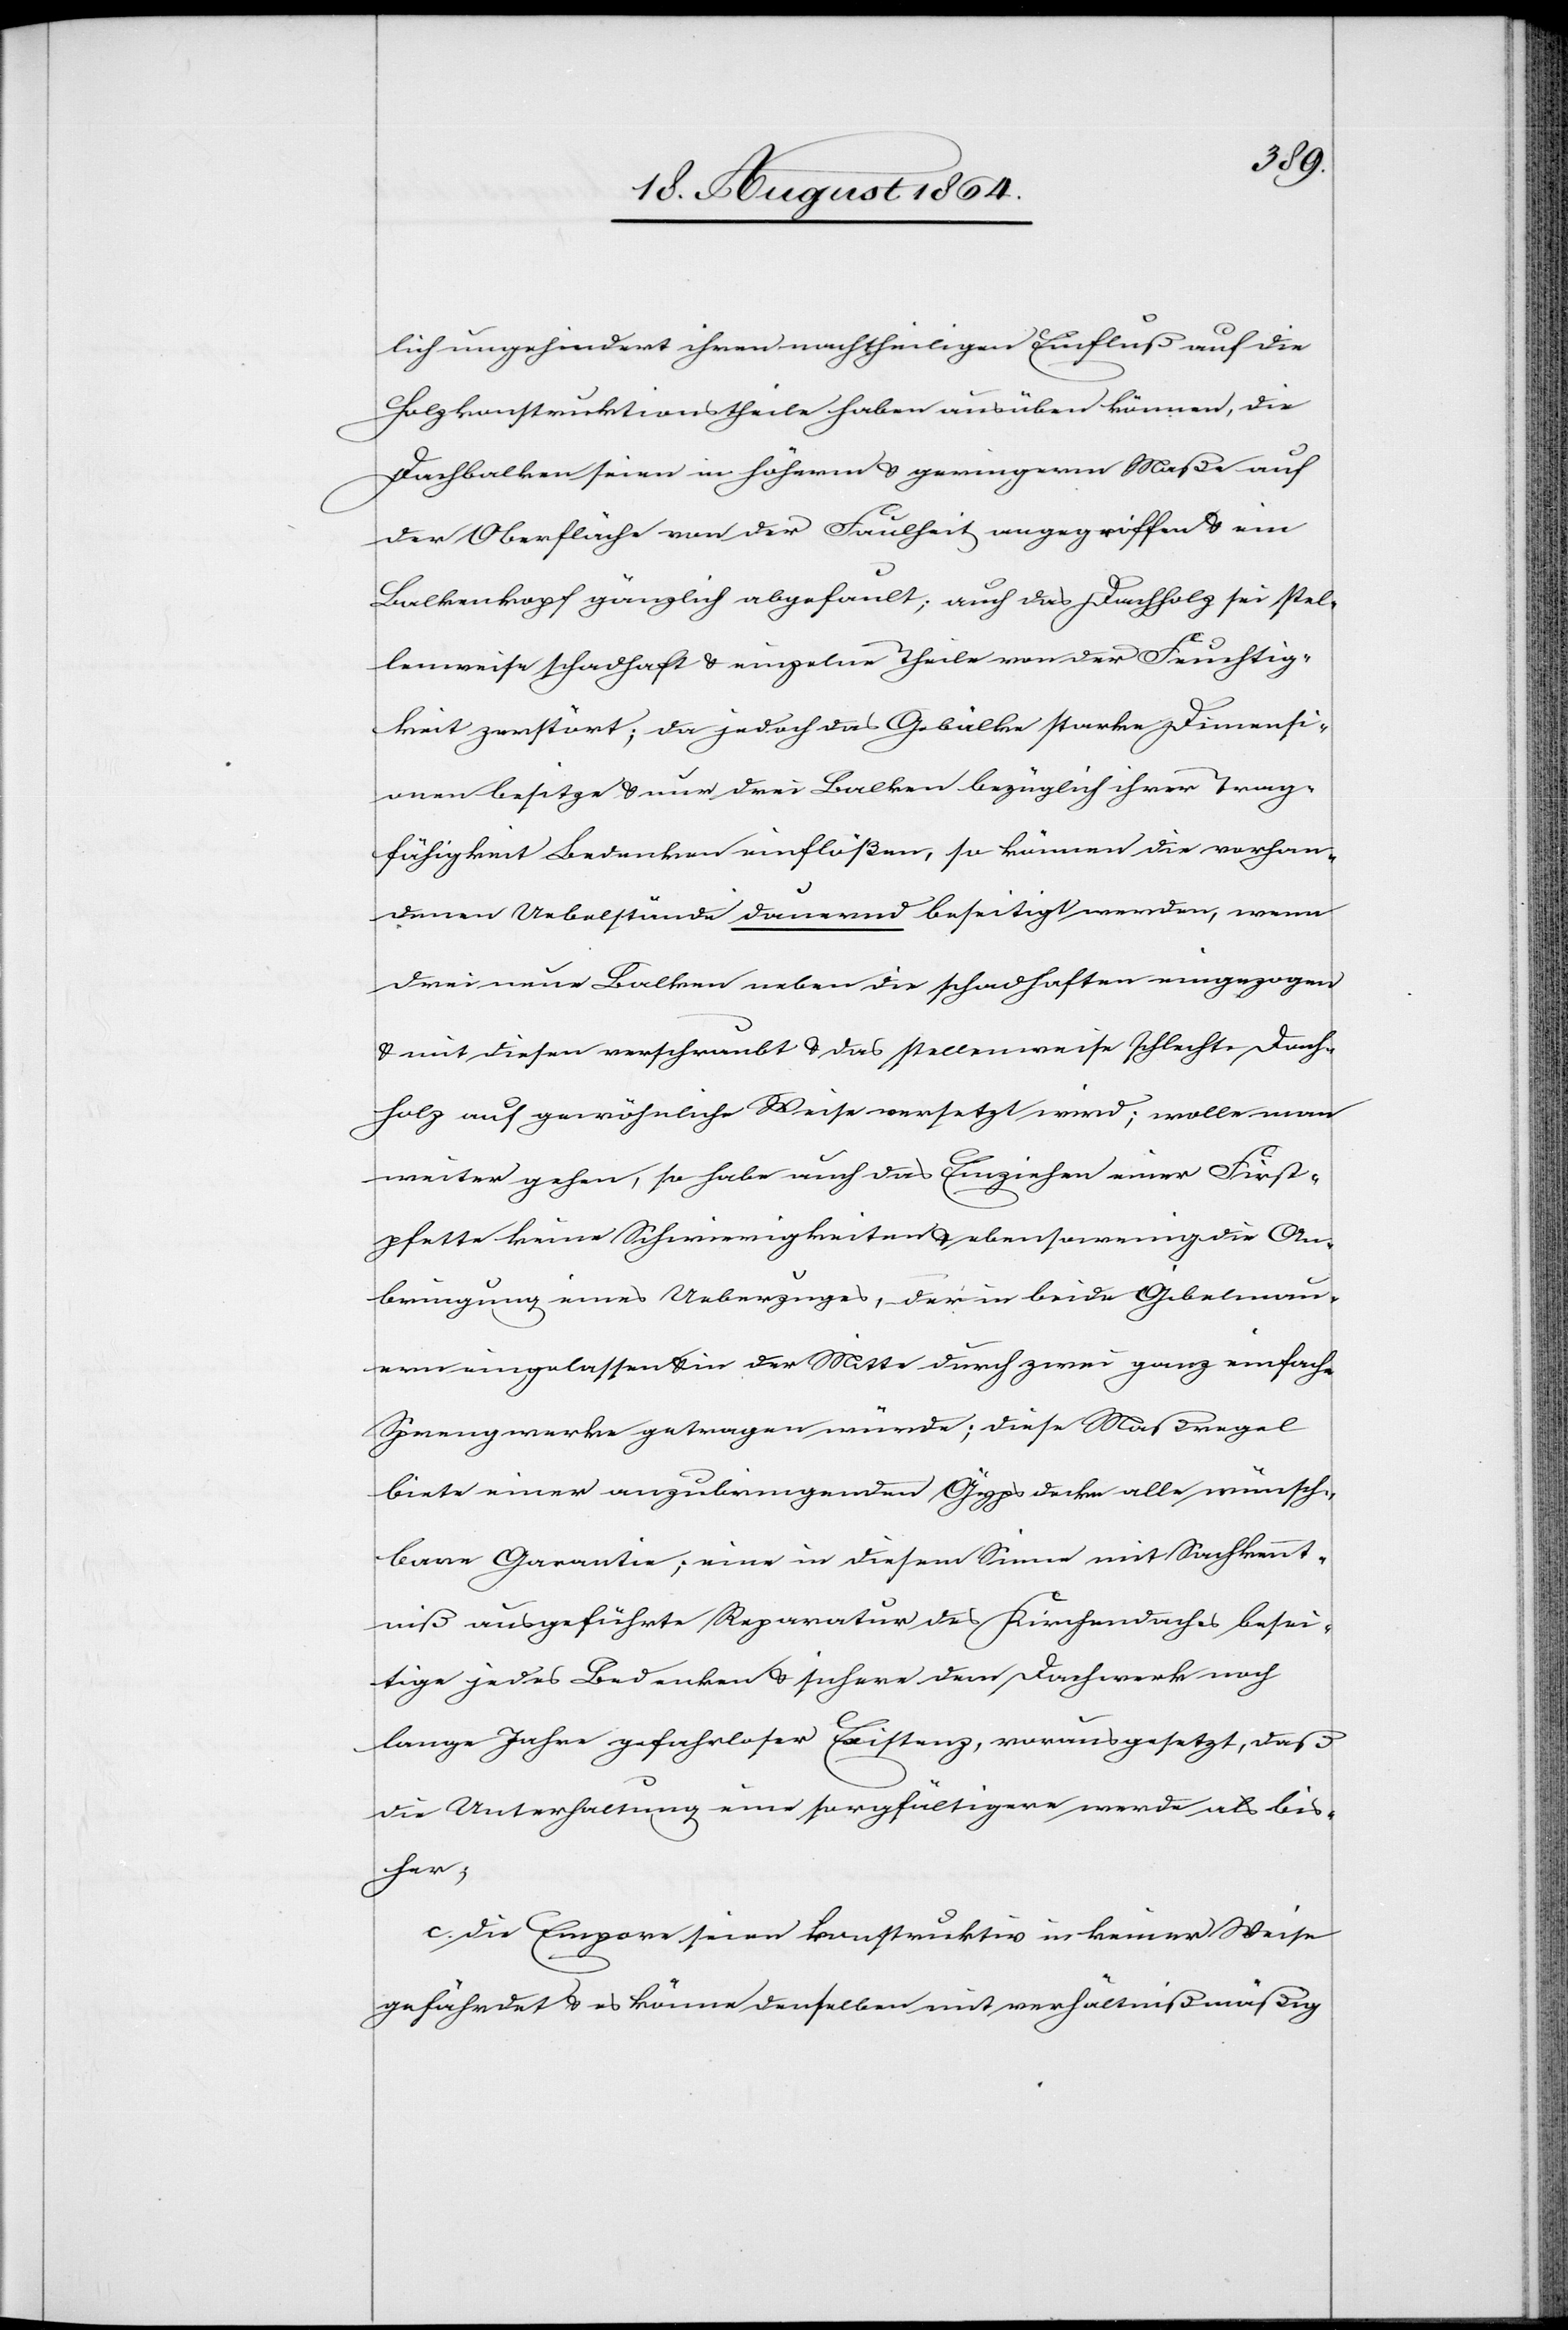
lich ungehindert ihren nachtheiligen Einfluß auf die
Holzkonstruktionstheile haben ausüben können, die
Dachbalken seien in höherm & geringerm Maße auf
der Oberfläche von der Faulheit angegriffen & ein
Balkenkopf gänzlich abgefault; auch das Dachholz sei stel¬
lenweise schadhaft & einzelne Theile von der Feuchtig¬
keit zerstört; da jedoch das Gebälke starke Dimensi¬
onen besitze & nur drei Balken bezüglich ihrer Trag¬
fähigkeit Bedenken einflößen, so können die vorhan¬
denen Uebelstände dauernd beseitigt werden, wenn
drei neue Balken neben die schadhaften eingezogen
& mit diesen verschraubt & das stellenweise schlechte Dach¬
holz auf gewöhnliche Weise versetzt wird; wolle man
weiter gehen, so habe auch das Einziehen einer First¬
pfette keine Schwierigkeiten & ebensowenig die An¬
bringung eines Ueberzuges, der in beide Gibelmau¬
ern eingelassen & in der Mitte durch zwei ganz einfache
Sprengwerke getragen würde; diese Maßregel
biete einer anzubringenden Gypsdecke alle wünsch¬
bare Garantie; eine in diesem Sinne mit Sachkennt¬
niß ausgeführte Reparatur des Kirchendaches besei¬
tige jedes Bedenken & sichere dem Dachwerk noch
lange Jahre gefahrloser Existenz, vorausgesetzt, daß
die Unterhaltung eine sorgfältigere werde als bis¬
her;
c. die Empore[n] seien konstruktiv in keiner Weise
gefährdet & es könne denselben mit verhältnißmäßig